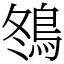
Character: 䳉